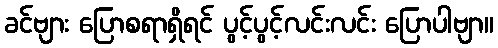
ခင်ဗျား ပြောစရာရှိရင် ပွင့်ပွင့်လင်းလင်း ပြောပါဗျာ။